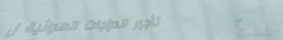
تأجير الدراجات الهوائية ل